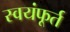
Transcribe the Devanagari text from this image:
स्वयंफूर्त